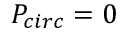
P _ { c i r c } = 0